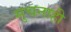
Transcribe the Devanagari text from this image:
सुचनाही